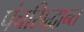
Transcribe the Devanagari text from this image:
पंचसिद्धान्त